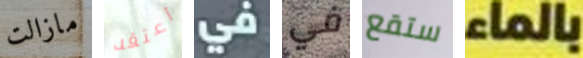
مازالت أعتقد في في ستقع بالماء